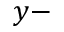
y -